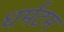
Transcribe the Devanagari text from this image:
धर्मटम